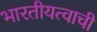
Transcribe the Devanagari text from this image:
भारतीयत्वाची